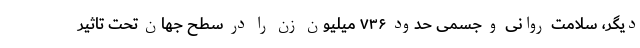
دیگر، سلامت روانی و جسمی حدود ۷۳۶ میلیون زن را در سطح جهان تحت تاثیر